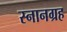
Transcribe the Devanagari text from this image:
स्नानग्रह